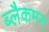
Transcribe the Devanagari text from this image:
ब्लैकमन